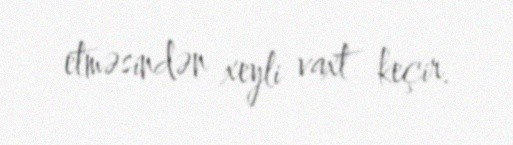
etməsindən xeyli vaxt keçir.